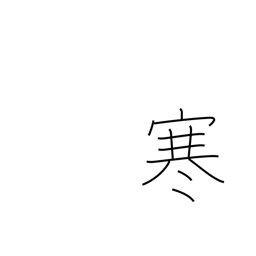
Meaning: cold